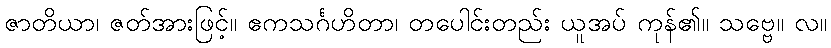
ဇာတိယာ၊ ဇတ်အားဖြင့်။ ဧကသင်္ဂဟိတာ၊ တပေါင်းတည်း ယူအပ် ကုန်၏။ သဗ္ဗေ။ လ။